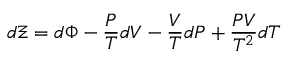
d \Xi = d \Phi - { \frac { P } { T } } d V - { \frac { V } { T } } d P + { \frac { P V } { T ^ { 2 } } } d T